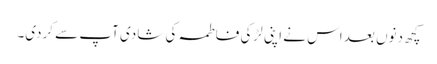
کچھ دنوں بعد اس نے اپنی لڑکی فاطمہ کی شادی آپ سے کردی۔